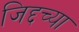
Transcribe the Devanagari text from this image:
जिद्दच्या